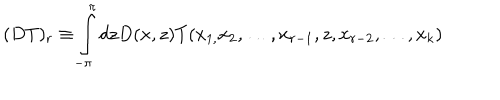
LaTeX: ( D T ) _ { r } \equiv \int _ { - \pi } ^ { \pi } d z D ( x , z ) T ( x _ { 1 , } x _ { 2 } , \ldots , x _ { r - 1 } , z , x _ { r - 2 } , \ldots , x _ { k } )